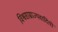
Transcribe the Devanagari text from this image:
विश्वसाम्राज्यवादियों